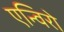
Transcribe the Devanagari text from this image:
एन्विरो